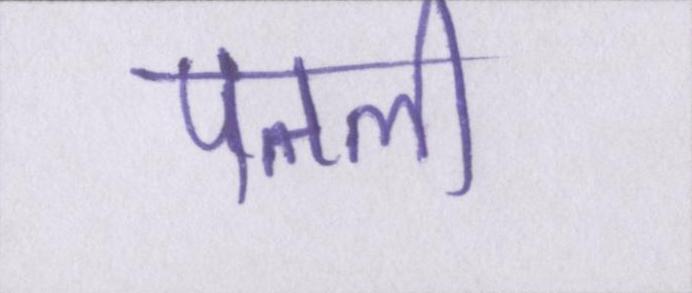
पतली